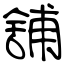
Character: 舖